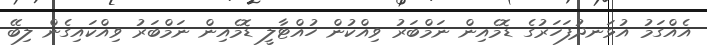
އެއްގަމު އުޅަނދުފަހަރުގެ ޑޮމެއިން ނަމްބަރު ވިއްކުން ހުއްޓާލީ ޑޮމެއިން ނަމްބަރު ވިއްކައިގެން ލިބޭ